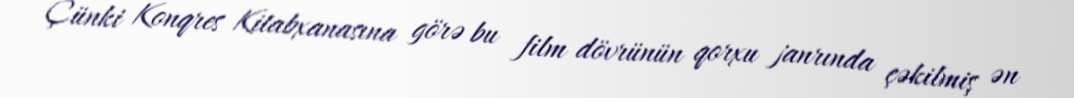
Çünki Konqres Kitabxanasına görə bu film dövrünün qorxu janrında çəkilmiş ən